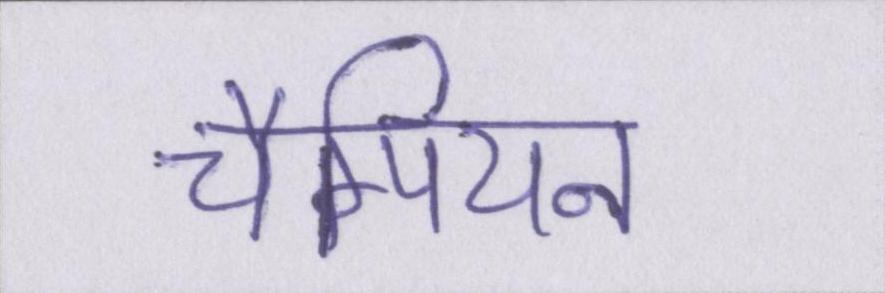
चैम्पियन